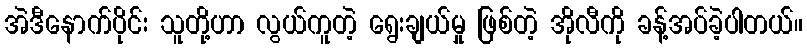
အဲဒီနောက်ပိုင်း သူတို့ဟာ လွယ်ကူတဲ့ ရွေးချယ်မှု ဖြစ်တဲ့ အိုလီကို ခန့်အပ်ခဲ့ပါတယ်။